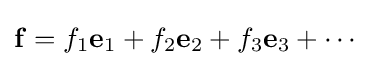
\mathbf {f} =f_{1}\mathbf {e} _{1}+f_{2}\mathbf {e} _{2}+f_{3}\mathbf {e} _{3}+\cdots